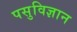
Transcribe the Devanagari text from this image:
पसुविज्ञान